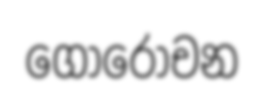
ගෝරෝචන